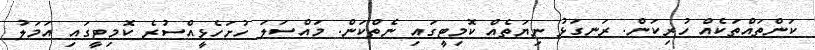
ކަންތައްތަކެއް ހުރިކަން. ރަނގަޅު ނިޔަތެއް ކޮމިޓީގައި ނެތްކަން. މައްސަލަ ހުށަހެޅީއްސުރެ ކޮމިޓީގައި އަމަލު